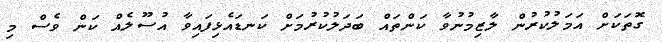
ގޮތަކަށް އަމަލުކުރުން ލާޒިމުނުވާ ކަންތައް ބަދަލުކުރުމަށް ކަނޑައެޅިފައިވާ އުސޫލެއް ކަން ވެސް މި